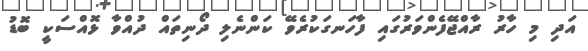
އަދި މި ހާރު ރާއްޖޭފެންވަރުގައި ފާހަނގަކުރެވޭ ކަންނެލި ދޯނިތައް ދުއްވާ ޅޮއްސަކީ ބޮޑު